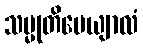
သမ္မုတိပေယျာလံ